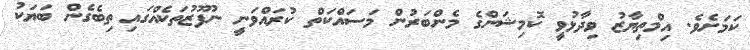
ކަމަށެވެ. އިމްތިޔާޒު ވިދާޅުވީ ކޮމިޝަންގެ މެންބަރުން މަސައްކަތް ކުރައްވަނީ ނުފޫޒުތަކެއްގައި ތިބެގެން ބަޔަކު